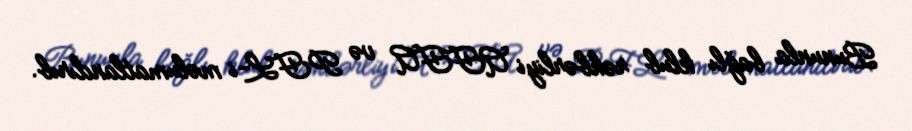
Bununla bağlı klub rəhbərliyi AFFA və PFL-i məlumatlandırıb.